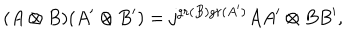
LaTeX: ( A \otimes B ) ( A ^ { \prime } \otimes B ^ { \prime } ) = j ^ { g r ( B ) g r ( A ^ { \prime } ) } A A ^ { \prime } \otimes B B ^ { \prime } ,